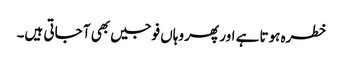
خطرہ ہوتا ہے اور پھر وہاں فوجیں بھی آ جاتی ہیں۔